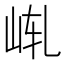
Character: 𪨩